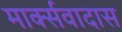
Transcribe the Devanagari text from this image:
मार्क्सवादास